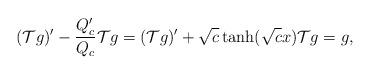
LaTeX: \begin{align*}(\mathcal Tg)'-\frac{Q_c'}{Q_c}\mathcal Tg=(\mathcal Tg)'+\sqrt{c}\tanh(\sqrt{c}x) \mathcal Tg=g,\end{align*}